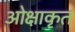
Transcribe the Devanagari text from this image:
ओक्षाकृत